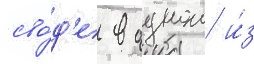
сво́д'е в однои и́з